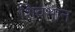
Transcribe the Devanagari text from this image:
शिवभान